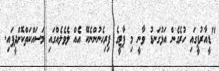
"ޑީއާރުޕީގައި ހުރެގެން އަޅުގަނޑު ވާނީ މި ޕާޓީގެ ފިރިހެނުންނެކޭ އެއް ލެވެލެއްގައި މަސައްކަތްކޮށްދީފައި.